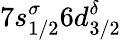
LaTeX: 7s_{1/2}^{\sigma}6d_{3/2}^{\delta}